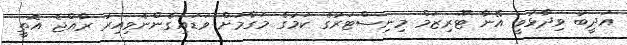
އަދީބު ވިދާޅުވީ އޭނާ ޓޫރިޒަމް މިނިސްޓަރުގެ ކަމުގެ މަގާމަށް ވަޑައިގެންނެވިއިރު ރާއްޖެ އޮތީ